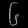
Digit: ၆